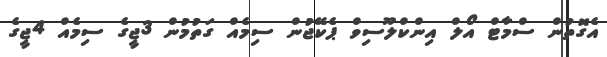
އެގޮތުން ސްމާޓް އޯލް އިންކްލޫސިވް ޕެކޭޖުން ސިމެއް ގަތުމުން 3ޖީގެ ސިމެއް 4ޖީގެ